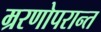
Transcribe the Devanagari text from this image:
म्ररणोपरान्त